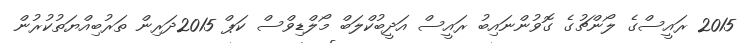
2015 ރައީސްގެ ލޯންޗުގެ ގޮވުންނައިބު ރައީސް އަދީބުކްލަބް މޯލްޑިވްސް ކަޕް 2015ދަރިން ތަރުބިއްޔަތުކުރުން